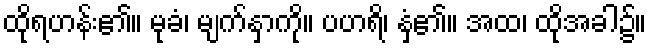
ထိုရဟန်း၏။ မုခံ၊ မျက်နှာကို။ ပဟရိ၊ နှံ့၏။ အထ၊ ထိုအခါ၌။